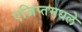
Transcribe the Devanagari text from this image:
एजिप्तमधले